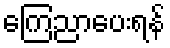
ကြေညာပေးရန်